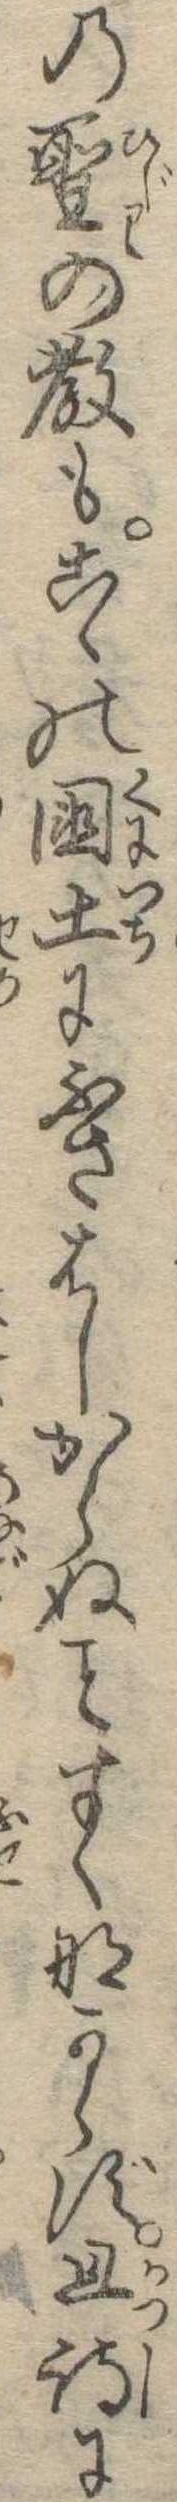
の聖の教もこゝの国土にふさはしからぬすくなからず且詩に